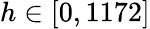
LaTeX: h\in[0,1172]